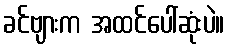
ခင်ဗျားက အထင်ပေါ်ဆုံးပဲ။